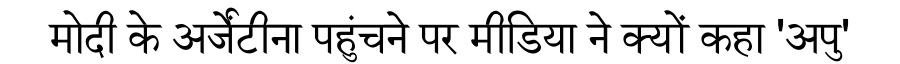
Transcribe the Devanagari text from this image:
मोदी के अर्जेंटीना पहुंचने पर मीडिया ने क्यों कहा 'अपु'